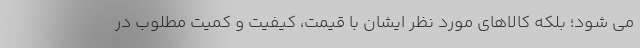
می شود؛ بلکه کالاهای مورد نظر ایشان با قیمت، کیفیت و کمیت مطلوب در